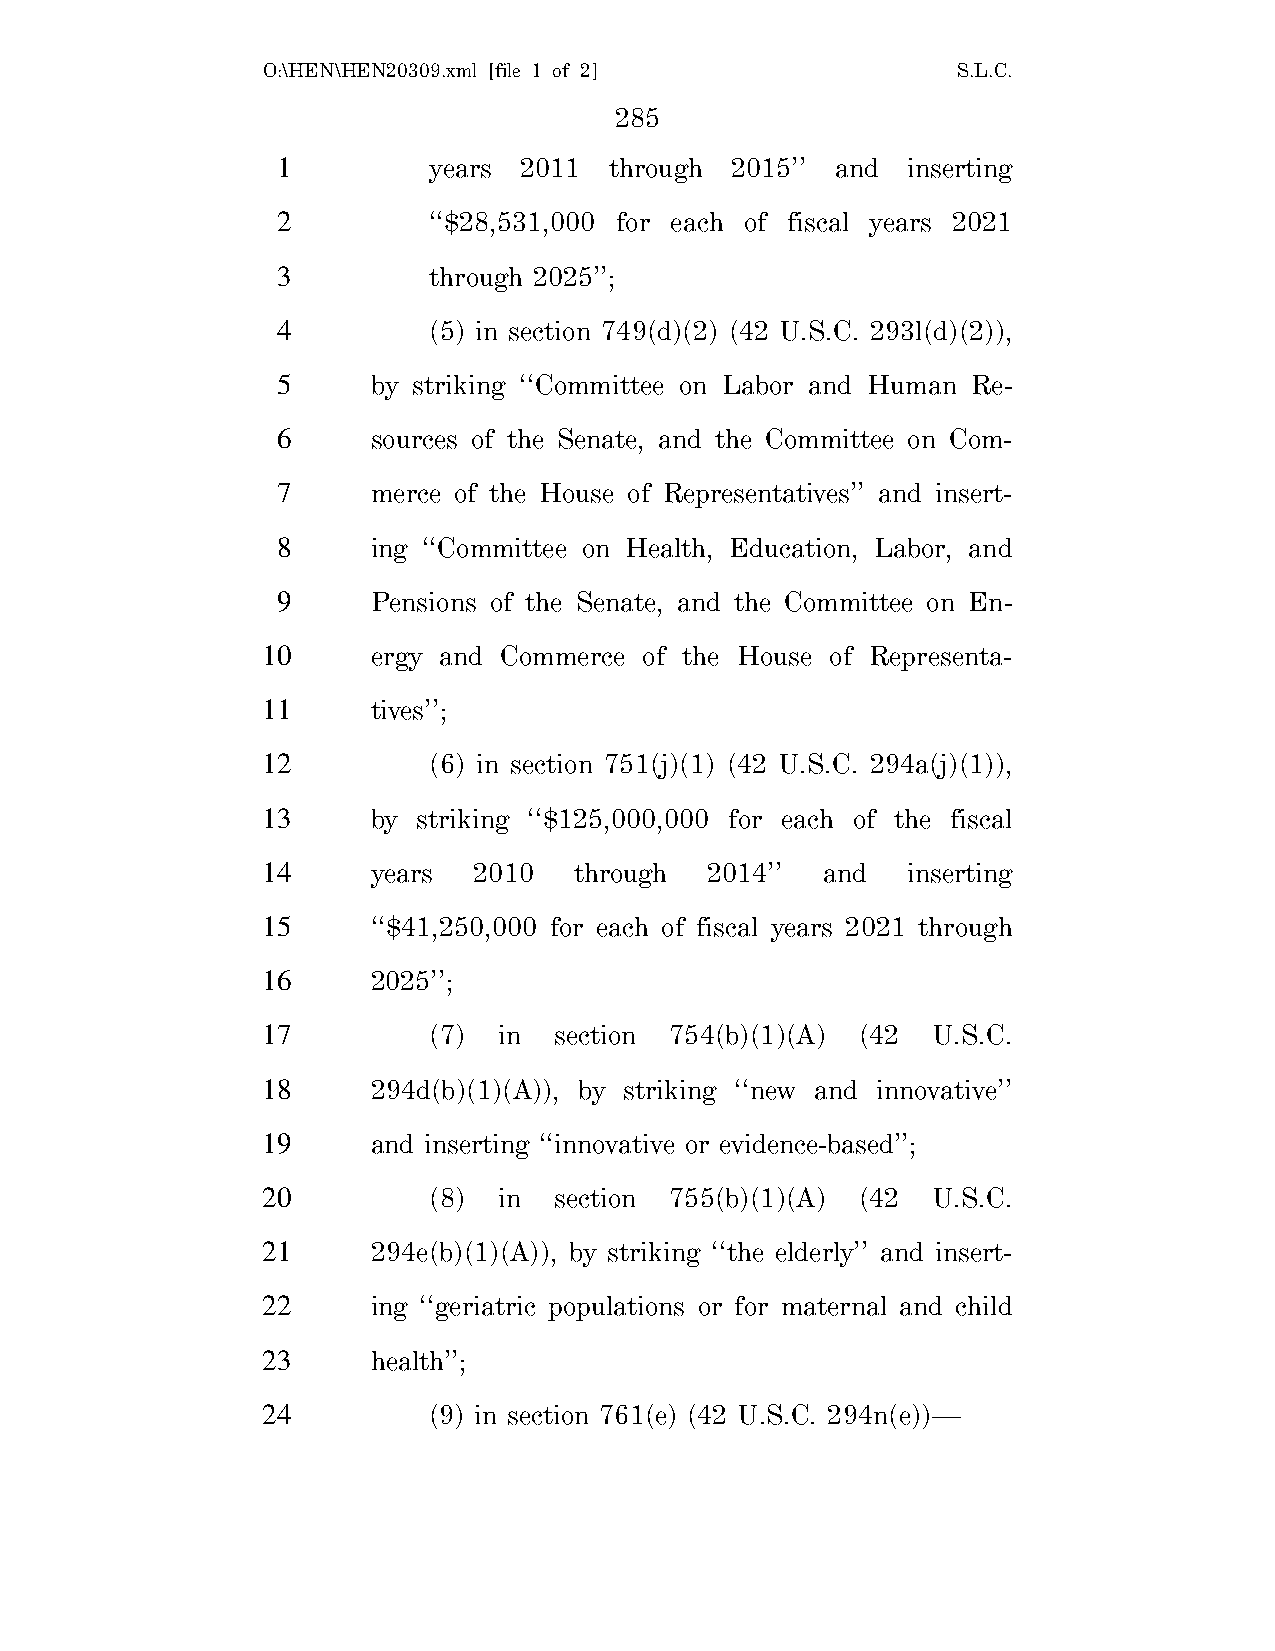
O:\HEN\HEN20309.xml [file 1 of 2]             S.L.C.
 285
 1         years 2011  through 2015’’ and  inserting
 2         ‘‘$28,531,000 for each of fiscal years 2021
 3         through 2025’’;
 4         (5) in section 749(d)(2) (42 U.S.C. 293l(d)(2)),
 5      by striking ‘‘Committee on Labor and Human Re-
 6      sources of the Senate, and the Committee on Com-
 7      merce of the House of Representatives’’ and insert-
 8      ing ‘‘Committee on Health, Education, Labor, and
 9      Pensions of the Senate, and the Committee on En-
 10      ergy and Commerce of the House of Representa-
 11      tives’’;
 12         (6) in section 751(j)(1) (42 U.S.C. 294a(j)(1)),
 13      by striking ‘‘$125,000,000 for each of the fiscal
 14      years 2010   through  2014’’  and  inserting
 15      ‘‘$41,250,000 for each of fiscal years 2021 through
 16      2025’’;
 17         (7)  in  section 754(b)(1)(A) (42 U.S.C.
 18      294d(b)(1)(A)), by striking ‘‘new and innovative’’
 19      and inserting ‘‘innovative or evidence-based’’;
 20         (8)  in  section 755(b)(1)(A) (42 U.S.C.
 21      294e(b)(1)(A)), by striking ‘‘the elderly’’ and insert-
 22      ing ‘‘geriatric populations or for maternal and child
 23      health’’;
 24         (9) in section 761(e) (42 U.S.C. 294n(e))—